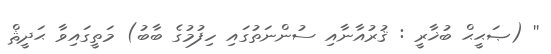
'' (ޞަޙީޙް ބުޚާރީ : ޤުރުއާނާއި ސުންނަތުގައި ހިފުމުގެ ބާބު) މަތީގައިވާ ޙަދީޘް